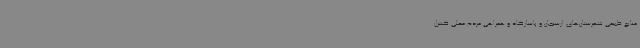
منابع طبیعی شهرستان‌های ارسنجان و پاسارگاد و همراهی مردم محلی کنترل